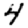
Digit: 4